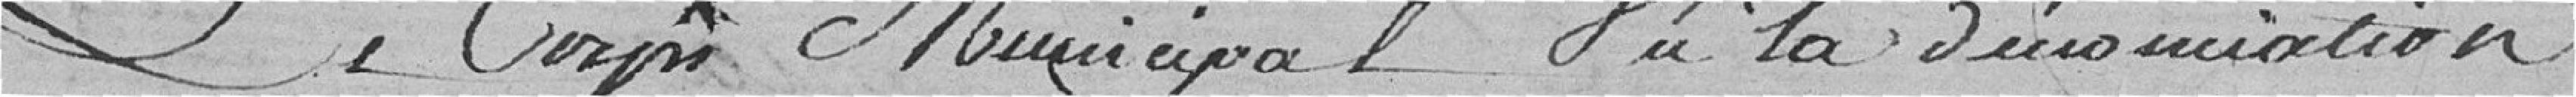
Le corps municipal vu la dénonciation